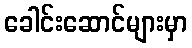
ခေါင်းဆောင်များမှာ